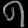
Digit: ၈